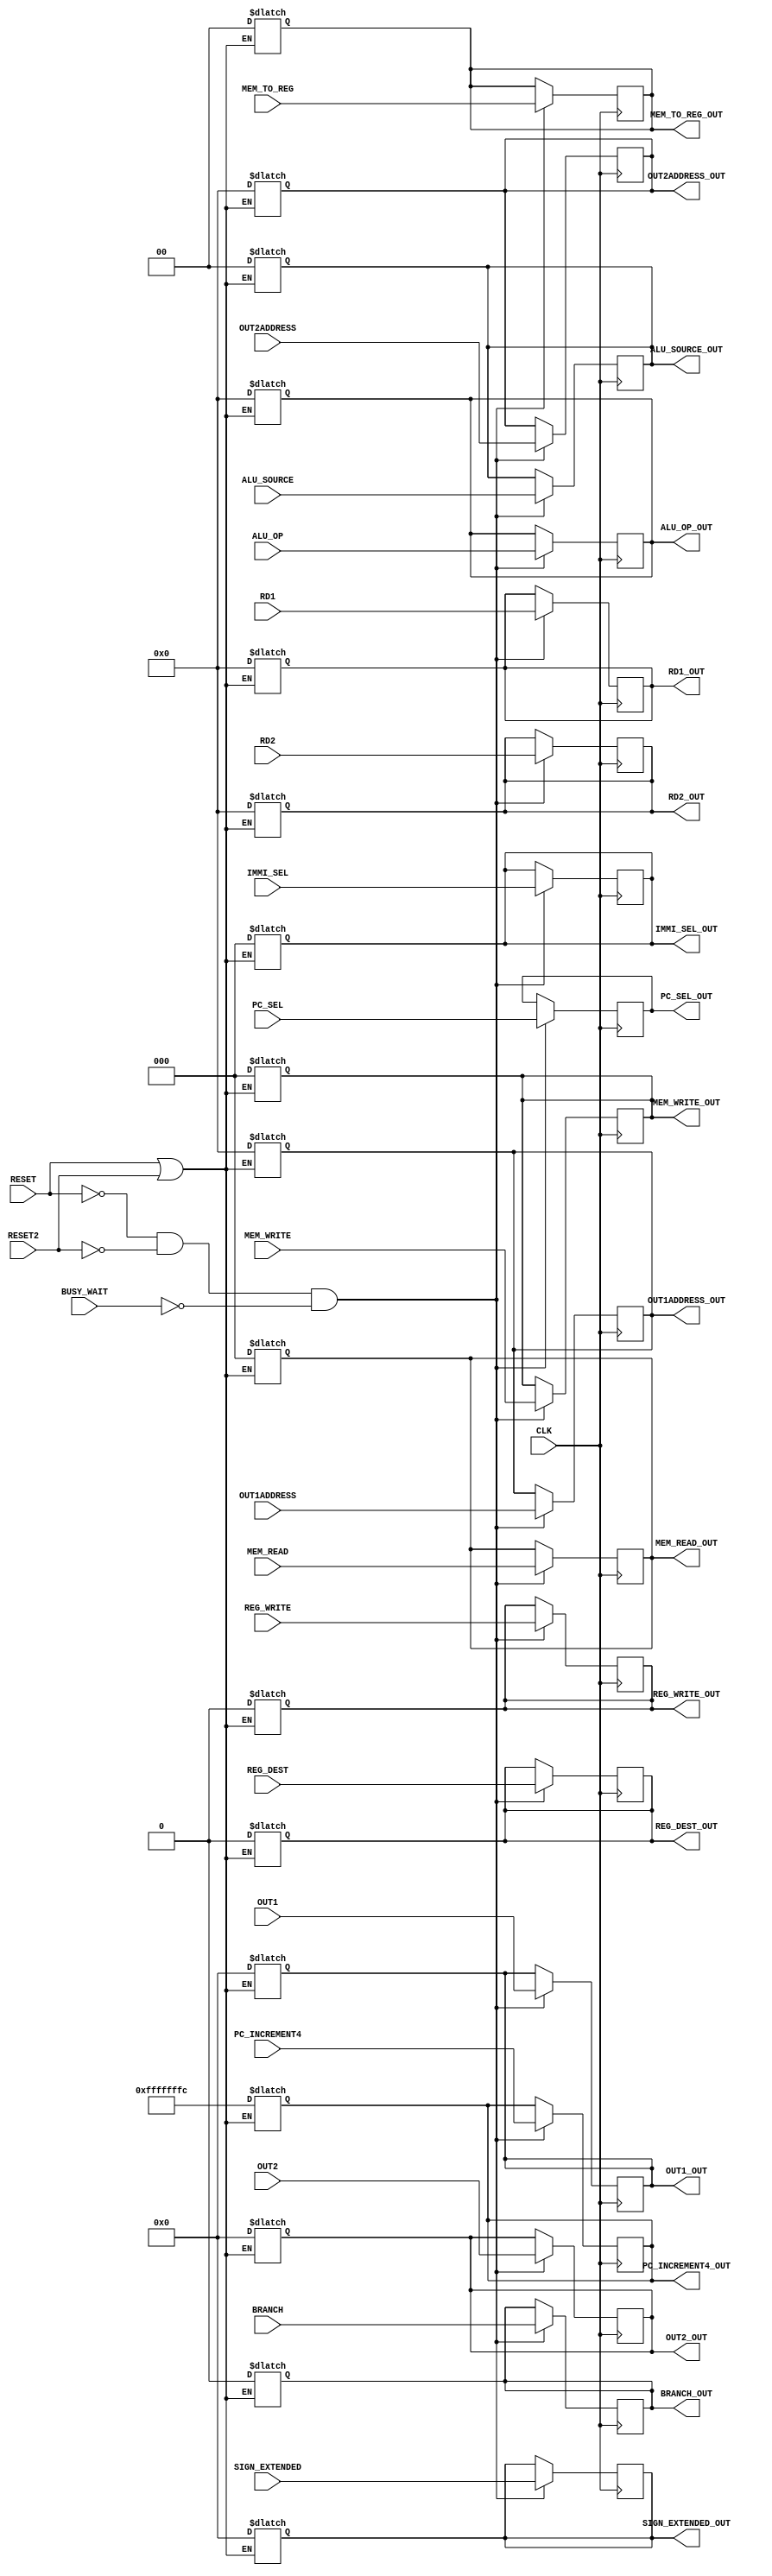
`timescale 1ns/100ps

module pipeline2(CLK, RESET, RESET2, BRANCH, REG_DEST,REG_WRITE,MEM_TO_REG,ALU_SOURCE,MEM_READ,MEM_WRITE,IMMI_SEL, ALU_OP, OUT1, OUT2, PC_INCREMENT4,SIGN_EXTENDED, RD1, RD2, BUSY_WAIT,PC_SEL,OUT1ADDRESS,OUT2ADDRESS,
BRANCH_OUT,REG_DEST_OUT,REG_WRITE_OUT,PC_SEL_OUT,MEM_TO_REG_OUT,ALU_SOURCE_OUT,MEM_READ_OUT,MEM_WRITE_OUT,IMMI_SEL_OUT,ALU_OP_OUT,OUT1_OUT, OUT2_OUT, PC_INCREMENT4_OUT, SIGN_EXTENDED_OUT, RD1_OUT, RD2_OUT,OUT1ADDRESS_OUT,OUT2ADDRESS_OUT);
	input CLK, RESET, BRANCH,REG_DEST, REG_WRITE, BUSY_WAIT,PC_SEL,RESET2;
	input [1:0] MEM_TO_REG,ALU_SOURCE;
	input [2:0] MEM_READ,MEM_WRITE,IMMI_SEL;
	input [4:0] ALU_OP,RD1, RD2, OUT1ADDRESS, OUT2ADDRESS;
	input [31:0] OUT1, OUT2, PC_INCREMENT4, SIGN_EXTENDED; 
	
	output reg BRANCH_OUT,REG_DEST_OUT, REG_WRITE_OUT,PC_SEL_OUT;
	output reg [1:0] MEM_TO_REG_OUT,ALU_SOURCE_OUT;
	output reg [2:0] MEM_READ_OUT,MEM_WRITE_OUT,IMMI_SEL_OUT;
	output reg [4:0] ALU_OP_OUT,RD1_OUT,RD2_OUT, OUT1ADDRESS_OUT, OUT2ADDRESS_OUT;
	output reg [31:0] OUT1_OUT, OUT2_OUT, PC_INCREMENT4_OUT, SIGN_EXTENDED_OUT;
	
	always @(posedge CLK) begin
		//one time unit dealay
		#1
		if (!RESET & !RESET2 & !BUSY_WAIT) begin
			BRANCH_OUT <= #1 BRANCH;
			REG_DEST_OUT <= REG_DEST;
			MEM_TO_REG_OUT <= #2 MEM_TO_REG;
			ALU_SOURCE_OUT <= ALU_SOURCE;
			MEM_READ_OUT <= #1 MEM_READ;
			MEM_WRITE_OUT <= #1 MEM_WRITE;
			IMMI_SEL_OUT <= IMMI_SEL;
			ALU_OP_OUT <= ALU_OP;
			OUT1_OUT <= OUT1;
			OUT2_OUT <= #1 OUT2;
			PC_INCREMENT4_OUT <= PC_INCREMENT4;
			SIGN_EXTENDED_OUT <= SIGN_EXTENDED;
			REG_WRITE_OUT <= #2 REG_WRITE;
			RD1_OUT <= RD1;
			RD2_OUT = RD2;
			PC_SEL_OUT <= #1 PC_SEL;
			OUT1ADDRESS_OUT <= OUT1ADDRESS;
			OUT2ADDRESS_OUT <= OUT2ADDRESS;
		
		end
	end
	always @(*) begin
		//one time unit dealay
		#1
		if(RESET == 1'b1 || RESET2 == 1'b1) begin
			BRANCH_OUT = 0;
			REG_DEST_OUT = 0;
			MEM_TO_REG_OUT = 0;
			ALU_SOURCE_OUT = 0;
			MEM_READ_OUT = 0;
			MEM_WRITE_OUT = 0;
			IMMI_SEL_OUT = 0;
			ALU_OP_OUT = 0;
			OUT1_OUT = 0;
			OUT2_OUT = 0;
			PC_INCREMENT4_OUT = -4;
			SIGN_EXTENDED_OUT = 0;
			REG_WRITE_OUT = 0;
			RD1_OUT=0;
			RD2_OUT = 0;
			OUT1ADDRESS_OUT = 0;
			OUT2ADDRESS_OUT = 0;
		end
	end
endmodule